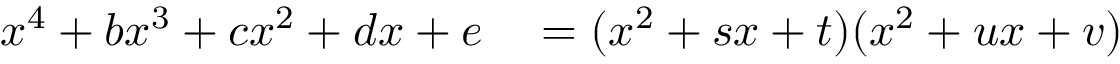
\begin{array} { r l } { x ^ { 4 } + b x ^ { 3 } + c x ^ { 2 } + d x + e } & { { } = ( x ^ { 2 } + s x + t ) ( x ^ { 2 } + u x + v ) } \end{array}